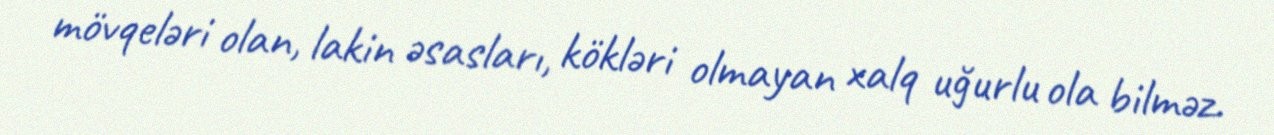
mövqeləri olan, lakin əsasları, kökləri olmayan xalq uğurlu ola bilməz.